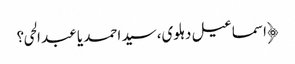
﴿اسماعیل دہلوی،سید احمد یا عبد الحی؟